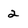
Character: 2